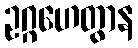
ဥဂ္ဂဟေတွာန